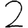
Digit: 2